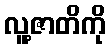
လူ့ဇာတိကို